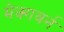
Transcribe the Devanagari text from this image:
मेक्गवर्न